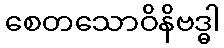
စေတသောဝိနိဗဒ္ဓါ